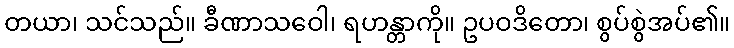
တယာ၊ သင်သည်။ ခီဏာသဝေါ၊ ရဟန္တာကို။ ဥပဝဒိတော၊ စွပ်စွဲအပ်၏။